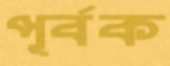
পূর্বক